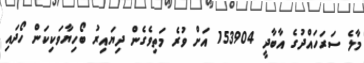
މާލެ ސަރަހައްދުގެ އާބާދީ 153904 އަށް ވުރެ މަތިވެގެން ދިޔައިރު ބޯހިޔާވަކިކަން ހޯދައި